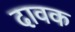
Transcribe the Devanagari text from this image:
दावक